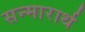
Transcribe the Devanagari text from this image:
सन्मारार्थ